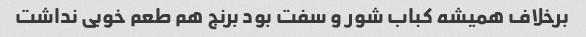
برخلاف همیشه کباب شور و سفت بود برنج هم طعم خوبی نداشت